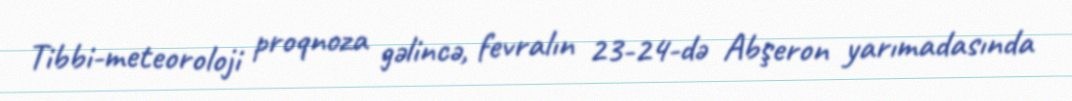
Tibbi-meteoroloji proqnoza gəlincə, fevralın 23-24-də Abşeron yarımadasında